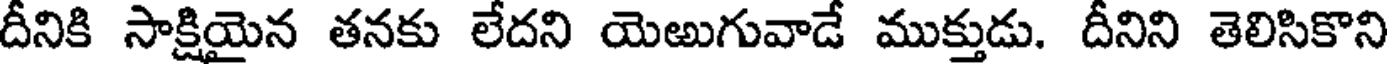
దీనికి సాక్షియైన తనకు లేదని యెఱుగువాడే ముక్తుడు. దీనిని తెలిసికొని